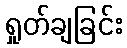
ရှုတ်ချခြင်း